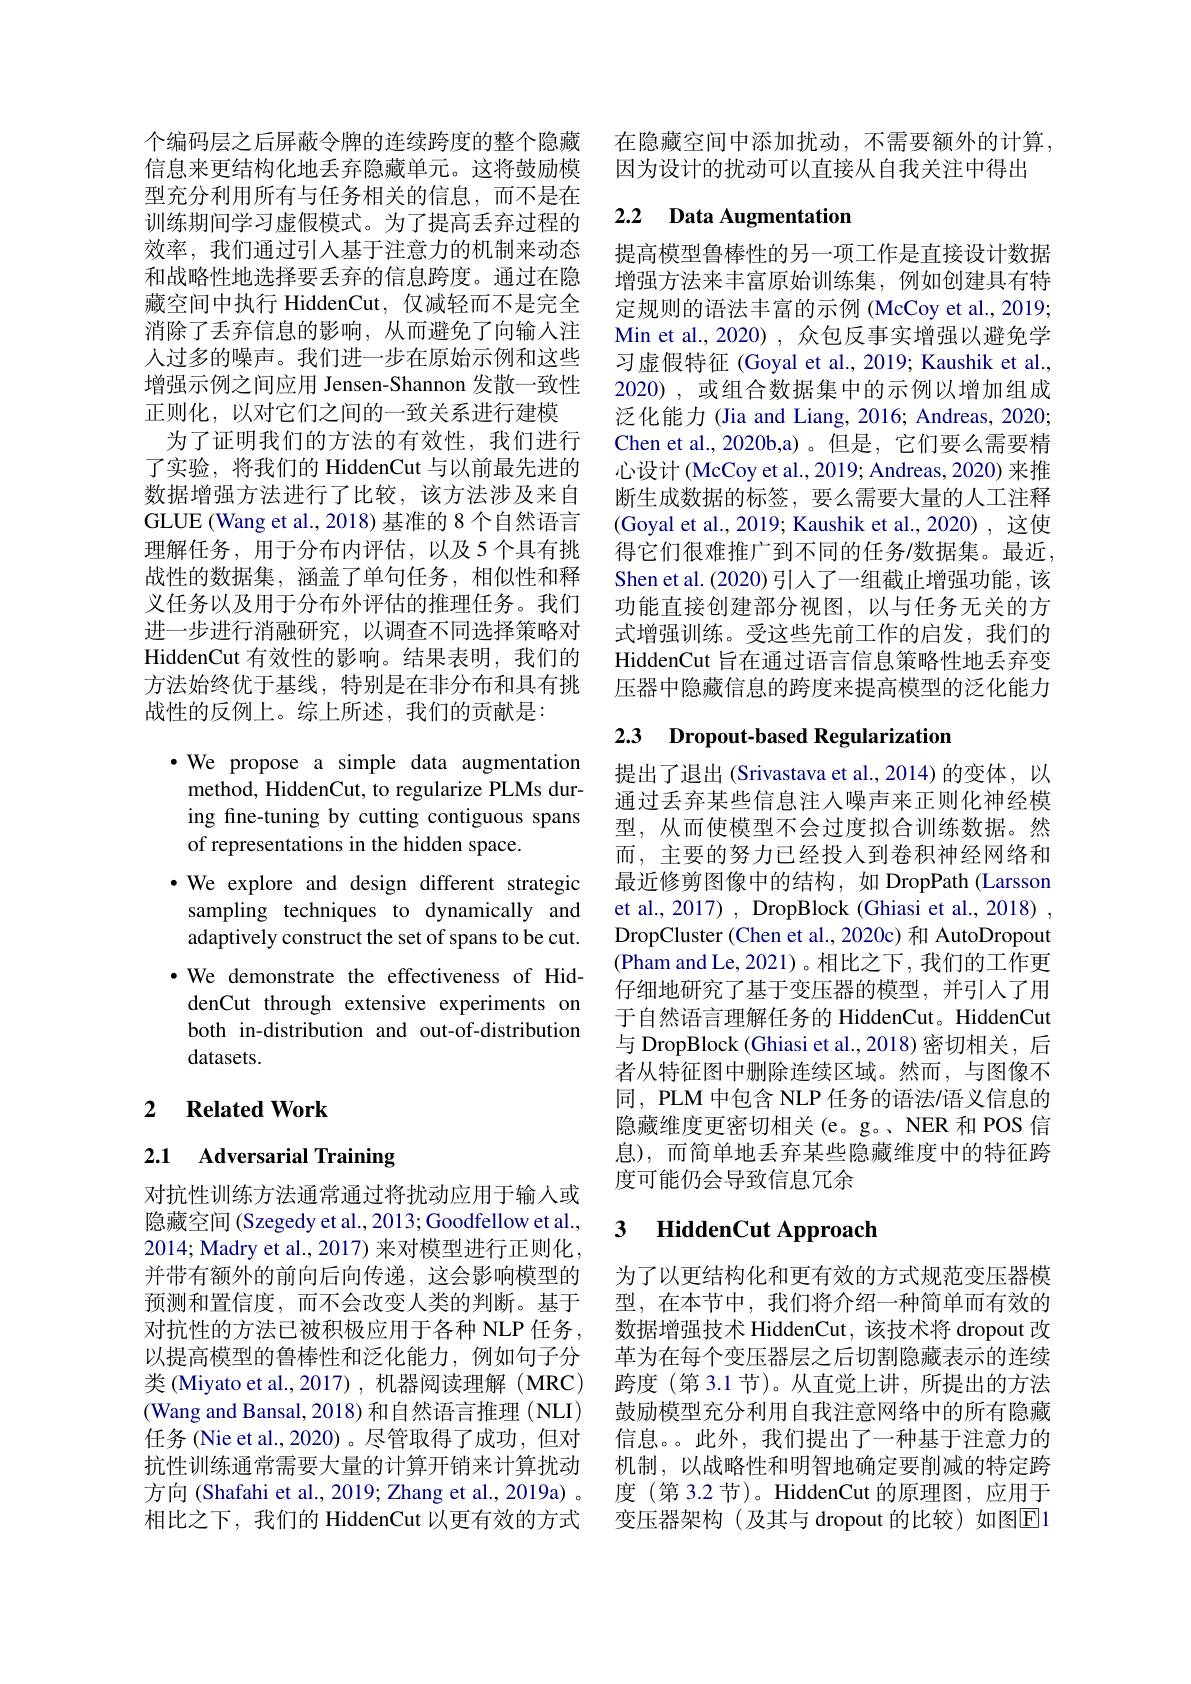
个编码层之后屏蔽令牌的连续跨度的整个隐藏信息来更结构化地丢弃隐藏单元。这将鼓励模型充分利用所有与任务相关的信息，而不是在训练期间学习虚假模式。为了提高丢弃过程的效率，我们通过引入基于注意力的机制来动态和战略性地选择要丢弃的信息跨度。通过在隐藏空间中执行 HiddenCut,仅减轻而不是完全消除了丢弃信息的影响，从而避免了向输入注人过多的噪声。我们进一步在原始示例和这些增强示例之间应用 Jensen-Shannon 发散一致性正则化，以对它们之间的一致关系进行建模
为了证明我们的方法的有效性，我们进行了实验，将我们的 HiddenCut 与以前最先进的数据增强方法进行了比较，该方法涉及来自GLUE (Wang et al., 2018) 基准的 8 个自然语言理解任务，用于分布内评估，以及5个具有挑战性的数据集，涵盖了单句任务，相似性和释义任务以及用于分布外评估的推理任务。我们进一步进行消融研究，以调查不同选择策略对HiddenCut 有效性的影响。结果表明，我们的方法始终优于基线，特别是在非分布和具有挑战性的反例上。综上所述，我们的贡献是：

$\cdot$ We propose a simple data augmentation method, HiddenCut, to regularize PLMs during fine-tuning by cutting contiguous spans of representations in the hidden space.
$\cdot$ We explore and design different strategic sampling techniques to dynamically and adaptively construct the set of spans to be cut. $\cdot$ We demonstrate the effectiveness of HiddenCut through extensive experiments on both in-distribution and out-of-distribution datasets.

## 2 $\textbf{Related Work}$

# 2.1 Adversarial Training

对抗性训练方法通常通过将扰动应用于输入或隐藏空间 (Szegedy et al., 2013; Goodfellow et al., 2014; Madry et al., 2017) 来对模型进行正则化， 并带有额外的前向后向传递，这会影响模型的预测和置信度，而不会改变人类的判断。基于对抗性的方法已被积极应用于各种 NLP 任务， 以提高模型的鲁棒性和泛化能力，例如句子分类 (Miyato et al.,2017) , 机器阅读理解 ( MRC) (Wang and Bansal, 2018) 和自然语言推理 (NLI) 任务 (Nie et al., 2020)。尽管取得了成功，但对抗性训练通常需要大量的计算开销来计算扰动方向(Shafahi et al., 2019; Zhang et al., 2019a) 。相比之下，我们的 HiddenCut 以更有效的方式

在隐藏空间中添加扰动，不需要额外的计算
因为设计的扰动可以直接从自我关注中得出

## 2.2 Data Augmentation

提高模型鲁棒性的另一项工作是直接设计数据增强方法来丰富原始训练集，例如创建具有特定规则的语法丰富的示例 (McCoy et al., 2019; Min et al.,2020), 众包反事实增强以避免学习虚假特征 (Goyal et al., 2019; Kaushik et al., 2020),或组合数据集中的示例以增加组成泛化能力 (Jia and Liang, 2016; Andreas, 2020; Chen et al., 2020b,a)。但是，它们要么需要精心设计 (McCoy et al., 2019; Andreas, 2020) 来推断生成数据的标签，要么需要大量的人工注释(Goyal et al., 2019; Kaushik et al., 2020) , 这使得它们很难推广到不同的任务$\prime$数据集。最近， Shen et al. (2020) 引入了一组截止增强功能，该功能直接创建部分视图，以与任务无关的方式增强训练。受这些先前工作的启发，我们的HiddenCut 旨在通过语言信息策略性地丢弃变压器中隐藏信息的跨度来提高模型的泛化能力

## 2.3 Dropout-based Regularization

提出了退出(Srivastava et al.,2014)的变体，以通过丢弃某些信息注人噪声来正则化神经模型，从而使模型不会过度拟合训练数据。然而，主要的努力已经投入到卷积神经网络和最近修剪图像中的结构，如 DropPath (Larsson et al., 2017) , DropBlock (Ghiasi et al., 2018) , DropCluster (Chen et al., 2020c) 和 AutoDropout (Pham and Le, 2021)。相比之下，我们的工作更仔细地研究了基于变压器的模型，并引入了用于自然语言理解任务的 HiddenCut。HiddenCut 与 DropBlock (Ghiasi et al., 2018)密切相关，后者从特征图中删除连续区域。然而，与图像不同，PLM 中包含 NLP 任务的语法/语义信息的隐藏维度更密切相关(e。g。、NER 和 POS 信息),而简单地丢弃某些隐藏维度中的特征跨度可能仍会导致信息冗余

### 3 HiddenCut Approach

为了以更结构化和更有效的方式规范变压器模型，在本节中，我们将介绍一种简单而有效的数据增强技术 HiddenCut, 该技术将 dropout 改革为在每个变压器层之后切割隐藏表示的连续跨度 (第 3.1 节)。从直觉上讲，所提出的方法鼓励模型充分利用自我注意网络中的所有隐藏信息。此外，我们提出了一种基于注意力的机制，以战略性和明智地确定要削减的特定跨度 (第 3.2 节)。HiddenCut 的原理图，应用于变压器架构(及其与 dropout 的比较)如图E1